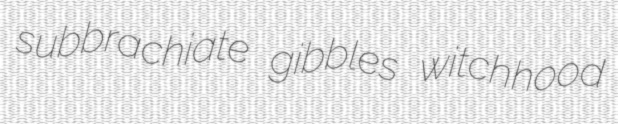
subbrachiate gibbles witchhood